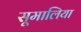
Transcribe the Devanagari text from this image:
सूमालिया